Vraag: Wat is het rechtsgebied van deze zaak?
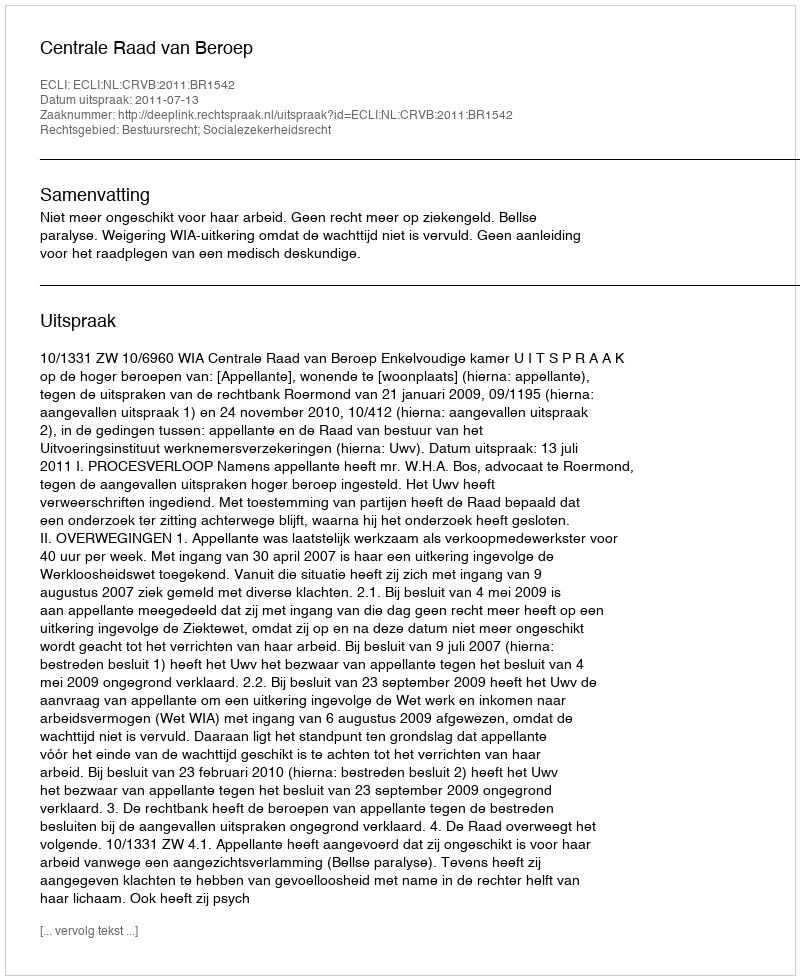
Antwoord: Bestuursrecht; Socialezekerheidsrecht